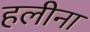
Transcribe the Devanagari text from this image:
हलीना